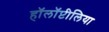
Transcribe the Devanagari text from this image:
हॉलॉप्टीलिया